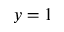
y = 1